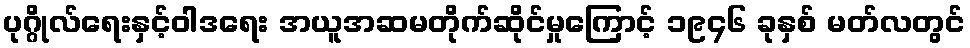
ပုဂ္ဂိုလ်ရေးနှင့်ဝါဒရေး အယူအဆမတိုက်ဆိုင်မှုကြောင့် ၁၉၄၆ ခုနှစ် မတ်လတွင်